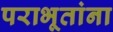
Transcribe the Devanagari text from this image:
पराभूतांना